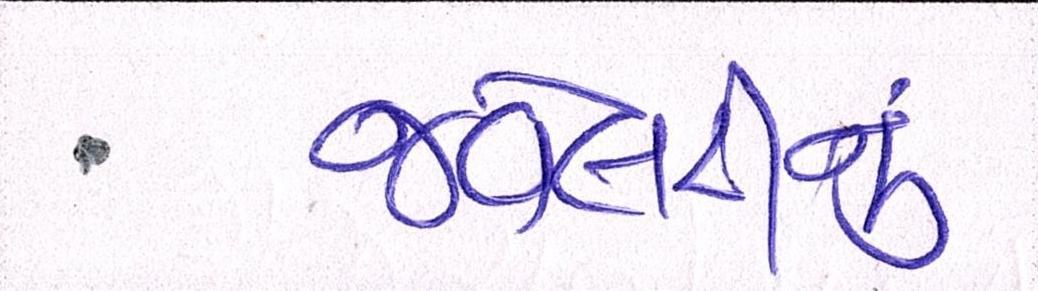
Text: જવેલરીનું